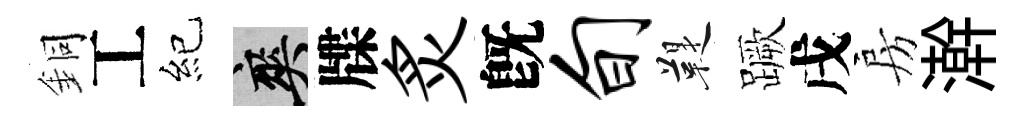
銅工紀爽牒炙旣旬鞮蹶戌房澣